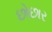
છોછાર